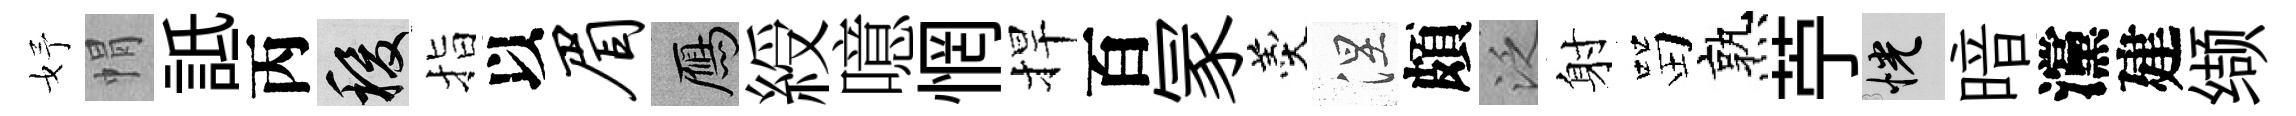
妤㡌詆丙稷指以眉鴈綬噫惘捍百冡羹涅頗泛射㽞熟苧恍暗灙建缬